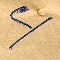
٢